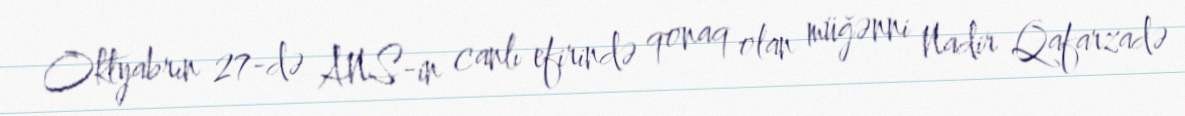
Oktyabrın 27-də ANS-in canlı efirində qonaq olan müğənni Nadir Qafarzadə